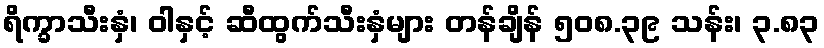
ရိက္ခာသီးနှံ၊ ဝါနှင့် ဆီထွက်သီးနှံများ တန်ချိန် ၅၀၈.၃၉ သန်း၊ ၃.၈၃